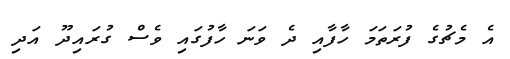
އެ މެޗުގެ ފުރަތަމަ ހާފާއި ދެ ވަނަ ހާފުގައި ވެސް ގުރައިދޫ އަދި